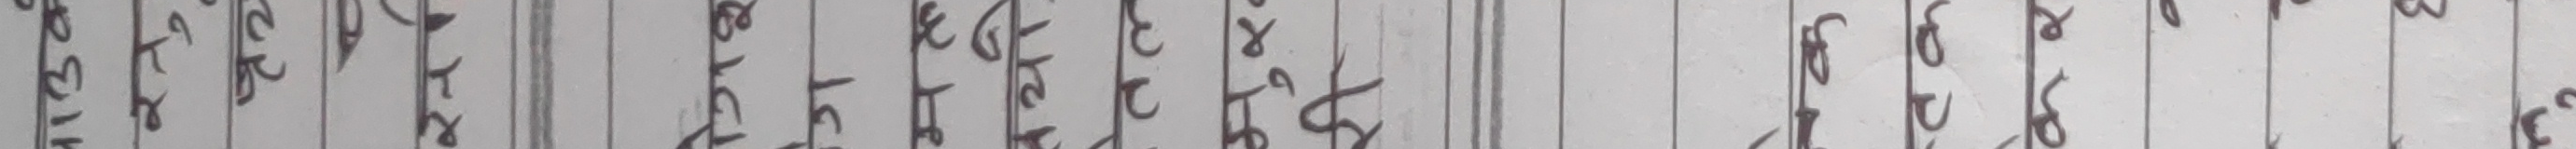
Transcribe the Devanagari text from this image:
अपेक्षाहरु